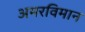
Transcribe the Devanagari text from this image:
अमरविमान